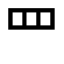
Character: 罒